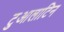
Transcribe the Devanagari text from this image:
टुआलाटिन